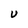
Character: U